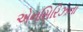
એનસિરિઝના